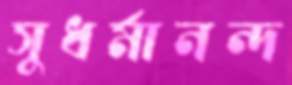
সুধর্মানন্দ